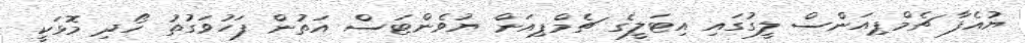
ޔުއެފާ ޗެމްޕިއަންސް ލީގުގައި އިޓަލީގެ ޗެމްޕިއަން ޔުވެންޓަސް އަތުން ފަހުވަގުތު ހޯދި މޮޅަކީ